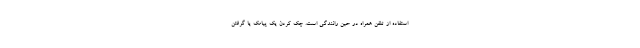
استفاده از تلفن همراه در حین رانندگی است. چک کردن یک پیامک یا گرفتن